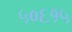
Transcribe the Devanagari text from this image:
५०६१५